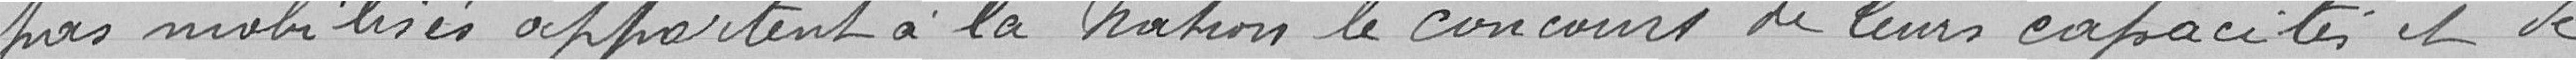
pas mobilisés appartient à la Nation le concours de leurs capacités et de